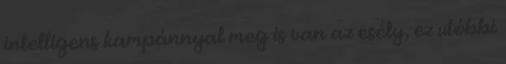
intelligens kampánnyal meg is van az esély, ez utóbbi